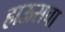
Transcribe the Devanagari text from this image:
हाऊसचा